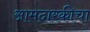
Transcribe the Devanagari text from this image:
आमदारकीचा